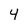
Character: 4